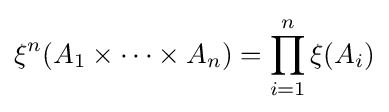
\xi ^{n}(A_{1}\times \cdots \times A_{n})=\prod _{i=1}^{n}\xi (A_{i})